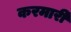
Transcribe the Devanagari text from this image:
करमारी